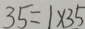
3 5 = 1 \times 3 5